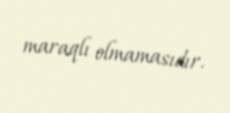
maraqlı olmamasıdır.